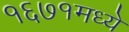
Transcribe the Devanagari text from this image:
१६७१मध्ये